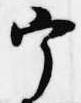
宰